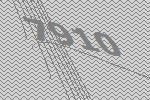
7910